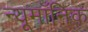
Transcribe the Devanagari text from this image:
न्यूमॉनिक